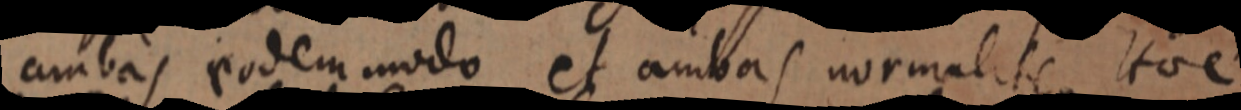
ambas eodem modo et ambas normaliter Hoc